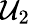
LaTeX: \mathcal{U}_{2}